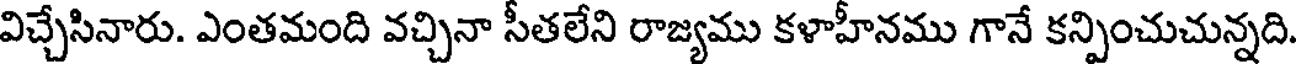
విచ్చేసినారు. ఎంతమంది వచ్చినా సీతలేని రాజ్యము కళాహీనము గానే కన్పించుచున్నది